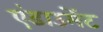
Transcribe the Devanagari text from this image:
एंडाउमेंट